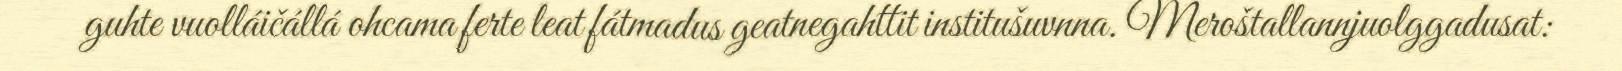
guhte vuolláičállá ohcama ferte leat fátmadus geatnegahttit institušuvnna. Meroštallannjuolggadusat: